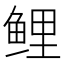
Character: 鲤